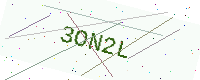
Text: 3ON2L